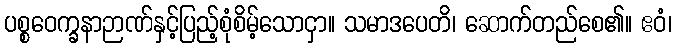
ပစ္စဝေက္ခနာဉာဏ်နှင့်ပြည့်စုံစိမ့်သောငှာ။ သမာဒပေတိ၊ ဆောက်တည်စေ၏။ ဧဝံ၊